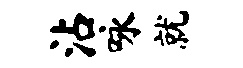
沾咏就